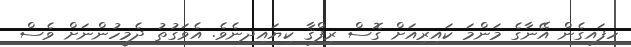
ހިފައިގެން އޭނާގެ މަންމަ ކައިރިއަށް ގޮސް ރިފްޤާ ކިޔައިދިނެވެ. އެވަގުތު ދެމީހުންނަށް ވެސް